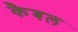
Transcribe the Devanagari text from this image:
कैबल